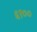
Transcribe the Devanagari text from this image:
६९००